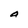
Character: a